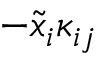
- \tilde { x } _ { i } \kappa _ { i j }